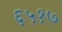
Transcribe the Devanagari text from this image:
६५१७